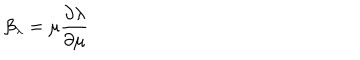
LaTeX: \beta _ { \lambda } = \mu { \frac { \partial \lambda } { \partial \mu } }